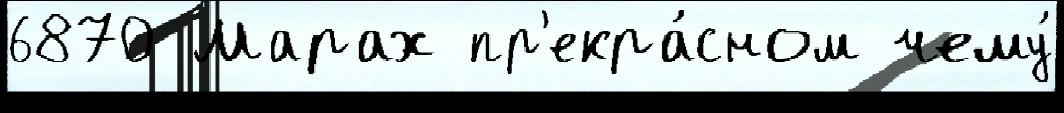
6870 Марах пр'екра́сном чему́